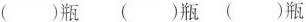
( )瓶 ( )瓶 ( )瓶